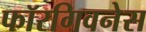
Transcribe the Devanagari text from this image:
फॉरगिवनेस